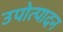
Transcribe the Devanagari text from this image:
उपोत्पादन